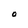
Character: O